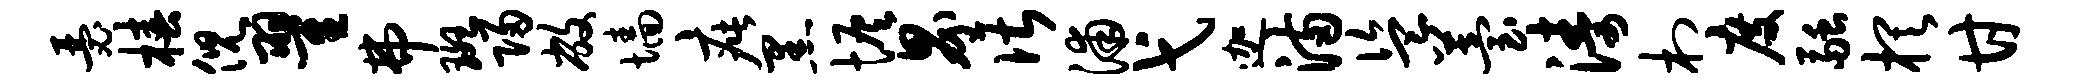
瑟椿倪翟弗斑归敝墙疵黑恢界谌浦弋迦满盗苔涛村度融棋甘